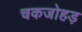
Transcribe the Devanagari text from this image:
चकजोहड़